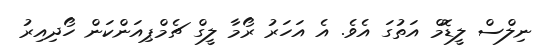
ނިލްސް ލީޑޮމް އަތުގަ އެވެ. އެ އަހަރު ރޯމާ ލީގް ޗެމްޕިއަންކަން ހޯދިއިރު